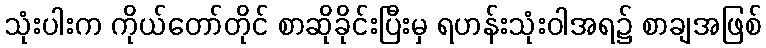
သုံးပါးက ကိုယ်တော်တိုင် စာဆိုခိုင်းပြီးမှ ရဟန်းသုံးဝါအရ၌ စာချအဖြစ်